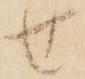
せ